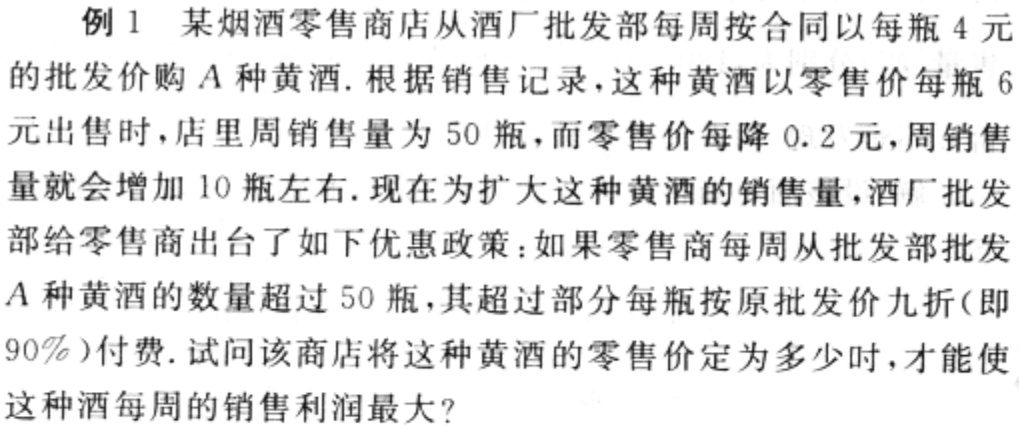
例 1 某烟酒零售商店从酒厂批发部每周按合同以每瓶 4 元的批发价购 \(A\) 种黄酒. 根据销售记录，这种黄酒以零售价每瓶 6 元出售时，店里周销售量为 50 瓶，而零售价每降 0.2 元，周销售量就会增加 10 瓶左右. 现在为扩大这种黄酒的销售量，酒厂批发部给零售商出台了如下优惠政策：如果零售商每周从批发部批发 \(A\) 种黄酒的数量超过 50 瓶，其超过部分每瓶按原批发价九折(即 \(90\%\))付费. 试问该商店将这种黄酒的零售价定为多少时，才能使这种酒每周的销售利润最大?